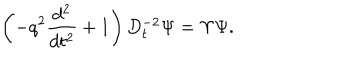
LaTeX: \left( - q ^ { 2 } \frac { d ^ { 2 } } { d t ^ { 2 } } + 1 \right) D _ { t } ^ { - 2 } \Psi = \Upsilon \Psi .